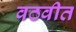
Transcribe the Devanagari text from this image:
वठवीत